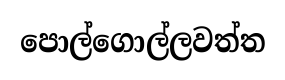
පොල්ගොල්ලවත්ත